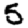
Digit: 5